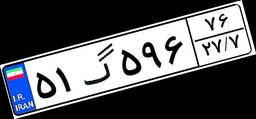
۵۱گ۵۹۶۷۶